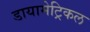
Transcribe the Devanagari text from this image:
डायामेट्रिकल